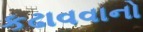
કઢાવવાનો